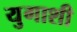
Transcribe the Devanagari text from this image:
युगाशी